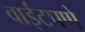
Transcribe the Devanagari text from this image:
वाईटपणे